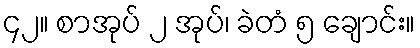
၄၂။ စာအုပ် ၂ အုပ်၊ ခဲတံ ၅ ချောင်း။